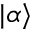
| \alpha \rangle